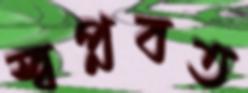
স্বপ্নবত